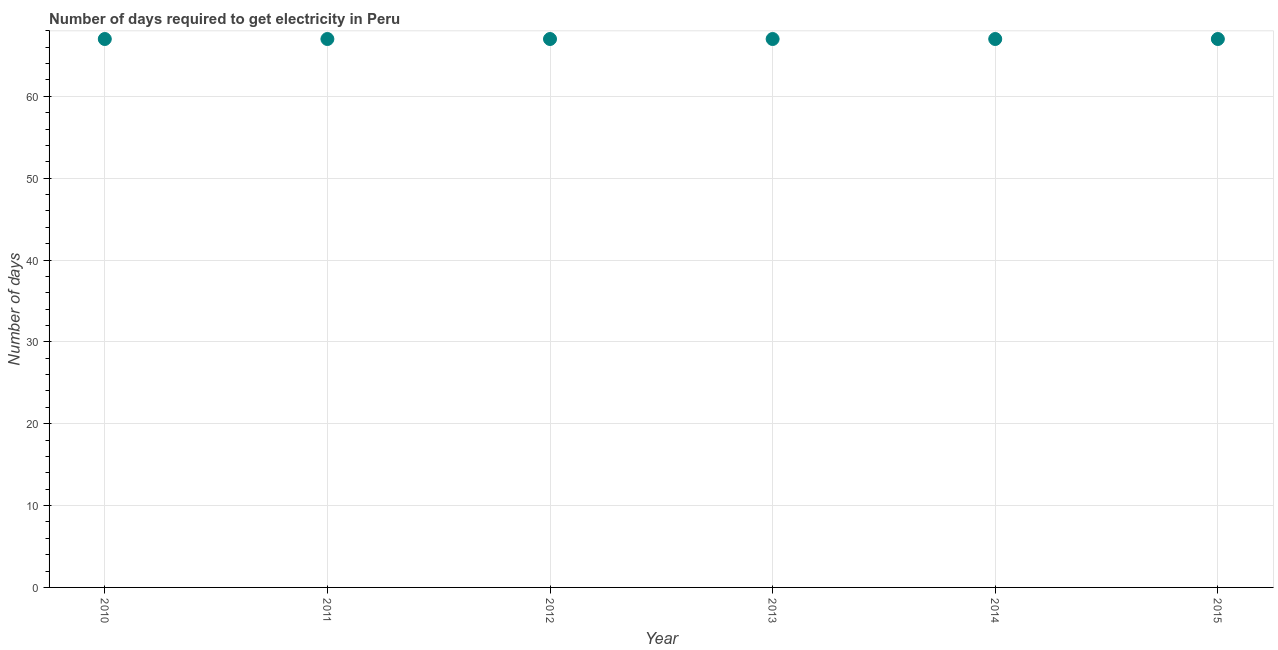
| Year | Time to get electricity |
 | --- | --- |
 | 2010 | 67 |
 | 2011 | 67 |
 | 2012 | 67 |
 | 2013 | 67 |
 | 2014 | 67 |
 | 2015 | 67 |